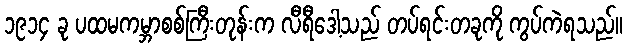
၁၉၁၄ ခု ပထမကမ္ဘာစစ်ကြီးတုန်းက လီရီဒေါ့သည် တပ်ရင်းတခုကို ကွပ်ကဲရသည်။